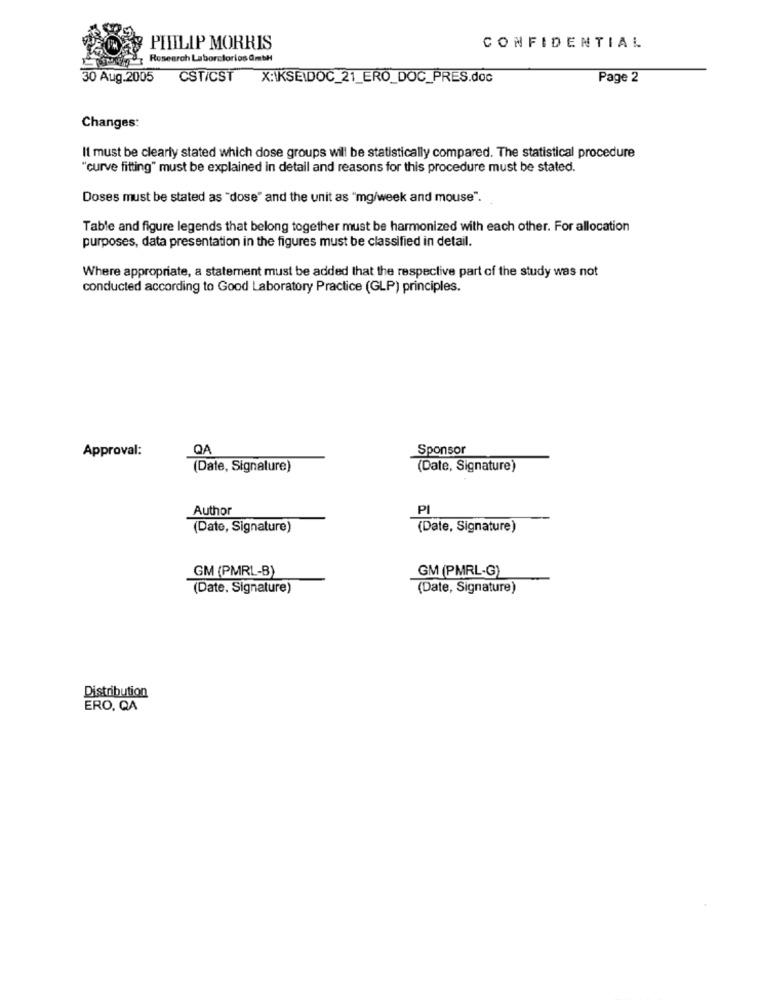
PHILIP MORRIS
CONFIDENTIAL
the Research Laboratorios GmbH
30 Aug.2005
CST/CST X:\KSE\DOC_21_ERO_DOC_PRES.doc
Page 2
Changes:
It must be clearly stated which dose groups will be statistically compared. The statistical procedure
"curve fitting" must be explained in detail and reasons for this procedure must be stated.
Doses must be stated as "dose" and the unit as "mg/week and mouse".
Table and figure legends that belong together must be harmonized with each other. For allocation
purposes, data presentation in the figures must be classified in detail.
Where appropriate, a statement must be added that the respective part of the study was not
conducted according to Good Laboratory Practice (GLP) principles.
Approval:
QA
Sponsor
(Date, Signature)
(Date, Signature)
Author
PI
(Date, Signature)
(Date, Signature)
GM (PMRL-B)
GM (PMRL-G)
(Date, Signature)
(Date, Signature)
Distribution
ERO, QA